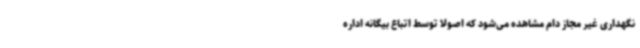
نگهداری غیر مجاز دام مشاهده می‌شود که اصولاً توسط اتباع بیگانه اداره